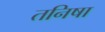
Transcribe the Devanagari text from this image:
तनिषा